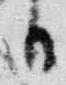
日